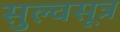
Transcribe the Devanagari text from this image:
सुल्वसूत्र